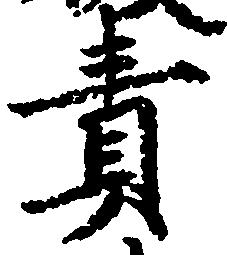
責